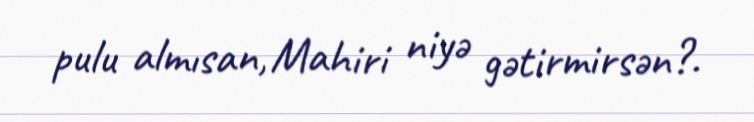
pulu almısan, Mahiri niyə gətirmirsən?.